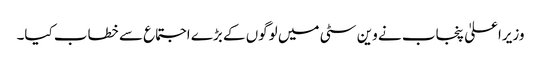
وزیراعلیٰ پنجاب نے وین سٹی میں لوگوں کے بڑے اجتماع سے خطاب کیا۔